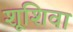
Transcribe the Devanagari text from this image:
शूशिवा